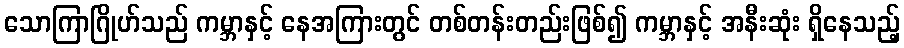
သောကြာဂြိုဟ်သည် ကမ္ဘာနှင့် နေအကြားတွင် တစ်တန်းတည်းဖြစ်၍ ကမ္ဘာနှင့် အနီးဆုံး ရှိနေသည့်